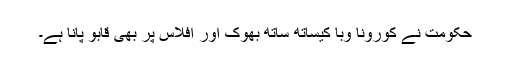
حکومت نے کورونا وبا کیساتھ ساتھ بھوک اور افلاس پر بھی قابو پانا ہے۔